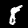
Label: 8